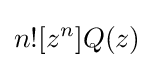
n![z^{n}]Q(z)